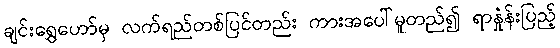
ချင်းရွှေဟော်မှ လက်ရည်တစ်ပြင်တည်း ကားအပေါ်မူတည်၍ ရာနှုံန်းပြည့်